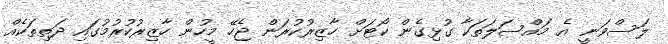
ލަސްވަނީ އެ މައްސަލަތަކާ ގުޅިގެން ކޯޓަށް ހާޒިރުކުރަން ޖެހޭ މީހުން ހާޒިރުކުރުމުގައި ދަތިތަކެއް